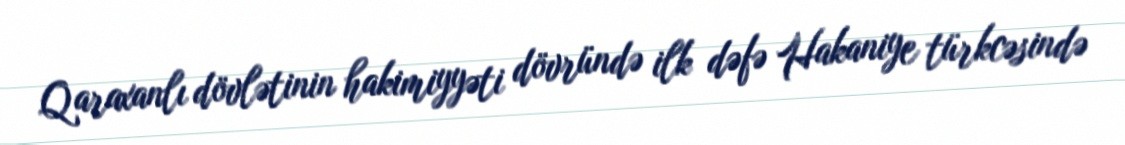
Qaraxanlı dövlətinin hakimiyyəti dövründə ilk dəfə Hakaniye türkcəsində